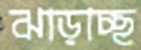
ঝাড়াচ্ছ